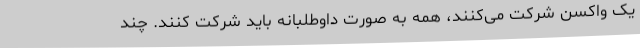
یک واکسن شرکت می‌کنند، ‌همه به صورت داوطلبانه باید شرکت کنند. چند